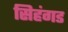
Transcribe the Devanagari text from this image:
सिहंगड